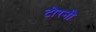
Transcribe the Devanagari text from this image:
टोरनी